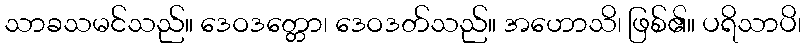
သာခသမင်သည်။ ဒေဝဒတ္တော၊ ဒေဝဒတ်သည်။ အဟောသိ၊ ဖြစ်၏။ ပရိသာပိ၊